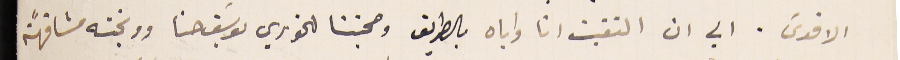
الاقدسَ. الي ان التقيت انا واياه بالطريق وصحبتنا للخوري يوسَف حنا ووبخته مشافهًة